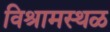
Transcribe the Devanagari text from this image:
विश्रामस्थळ